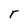
Character: r